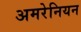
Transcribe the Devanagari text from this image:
अमरेनियन